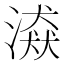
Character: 𣽼